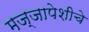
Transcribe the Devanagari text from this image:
मज्जापेशीचे